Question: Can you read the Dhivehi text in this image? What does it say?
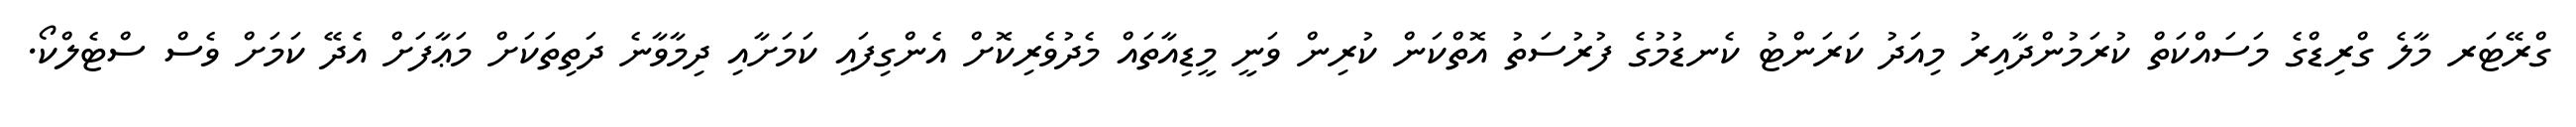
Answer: ގްރޭޓަރ މާލެ ގްރިޑްގެ މަސައްކަތް ކުރަމުންދާއިރު މިއަދު ކަރަންޓު ކެނޑުމުގެ ފުރުސަތު އޮތްކަން ކުރިން ވަނީ މީޑިއާތައް މެދުވެރިކޮށް އެންގިފައި ކަމަށާއި ދިމާވާނެ ދަތިތަކަށް މަޢާފަށް އެދޭ ކަމަށް ވެސް ސްޓެލްކޯ.